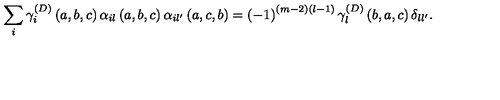
\sum _ { i } \gamma _ { i } ^ { \left( D \right) } \left( a , b , c \right) \alpha _ { i l } \left( a , b , c \right) \alpha _ { i l ^ { \prime } } \left( a , c , b \right) = \left( - 1 \right) ^ { \left( m - 2 \right) \left( l - 1 \right) } \gamma _ { l } ^ { \left( D \right) } \left( b , a , c \right) \delta _ { l l ^ { \prime } } .